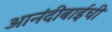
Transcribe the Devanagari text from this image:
आनंदीबाईची